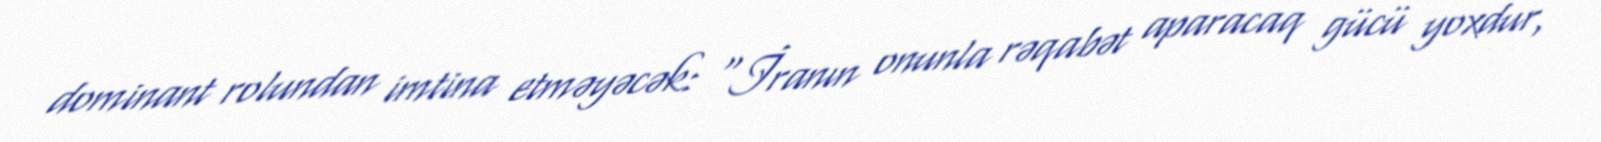
dominant rolundan imtina etməyəcək: “İranın onunla rəqabət aparacaq gücü yoxdur,